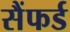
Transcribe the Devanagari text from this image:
सैंफर्ड